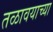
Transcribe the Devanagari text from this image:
तळावयाच्या